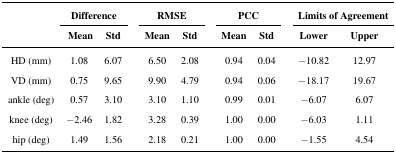
<table><thead><tr><td rowspan="3"></td><td colspan="2"><b>Difference</b></td><td colspan="2"><b>RMSE</b></td><td colspan="2"><b>PCC</b></td><td colspan="2"><b>Limits of Agreement</b></td></tr><tr><td><b>Mean</b></td><td><b>Std</b></td><td><b>Mean</b></td><td><b>Std</b></td><td><b>Mean</b></td><td><b>Std</b></td><td><b>Lower</b></td><td><b>Upper</b></td></tr></thead><tbody><tr><td>HD (mm)</td><td>1.08</td><td>6.07</td><td>6.50</td><td>2.08</td><td>0.94</td><td>0.04</td><td>−10.82</td><td>12.97</td></tr><tr><td>VD (mm)</td><td>0.75</td><td>9.65</td><td>9.90</td><td>4.79</td><td>0.94</td><td>0.06</td><td>−18.17</td><td>19.67</td></tr><tr><td>ankle (deg)</td><td>0.57</td><td>3.10</td><td>3.10</td><td>1.10</td><td>0.99</td><td>0.01</td><td>−6.07</td><td>6.07</td></tr><tr><td>knee (deg)</td><td>−2.46</td><td>1.82</td><td>3.28</td><td>0.39</td><td>1.00</td><td>0.00</td><td>−6.03</td><td>1.11</td></tr><tr><td>hip (deg)</td><td>1.49</td><td>1.56</td><td>2.18</td><td>0.21</td><td>1.00</td><td>0.00</td><td>−1.55</td><td>4.54</td></tr></tbody></table>